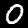
Label: 0